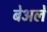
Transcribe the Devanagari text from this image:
बेअले